Civil Veterinary Department Bihar & Orissa reports 1922-29 - 1922-1929
Year: 1922
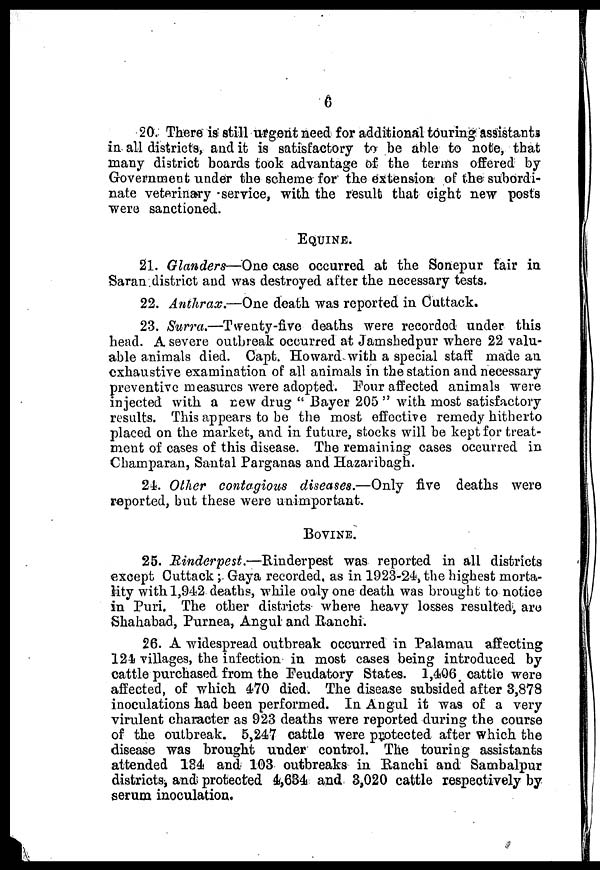
6
20. There is still urgent need for additional touring assistants
in all districts, and it is satisfactory to be able to note, that
many district boards took advantage of the terms offered by
Government under the scheme for the extension of the subordi-
nate veterinary service, with the result that eight new posts
were sanctioned.
EQUINE.
21. Glanders—One case occurred at the Sonepur fair in
Saran district and was destroyed after the necessary tests.
22. Anthrax.—One death was reported in Cuttack.
23. Surra,—Twenty-five deaths were recorded under this
head. A severe outbreak occurred at Jamshedpur where 22 valu-
able animals died. Capt. Howard with a special staff made an
exhaustive examination of all animals in the station and necessary
preventive measures were adopted. Pour affected animals were
injected with a new drug " Bayer 205 " with most satisfactory
results. This appears to be the most effective remedy hitherto
placed on the market, and in future, stocks will be kept for treat-
ment of cases of this disease. The remaining cases occurred in
Champaran, Santal Parganas and Hazaribagh.
21. Other contagious diseases.—Only five deaths were
reported, but these were unimportant.
BOVINE.
25. Rinderpest.—Rinderpest
was reported in all districts
except Cuttack ; Gaya recorded, as in 1923-24, the highest morta-
lity with 1,942 deaths, while only one death was brought to notice
in Puri. The other districts where heavy losses resulted, are
Shahabad, Purnea, Angul and Ranchi.
26. A widespread outbreak occurred in Palamau affecting
124 villages, the infection in most cases being introduced by
cattle purchased from the Feudatory States. 1,406 cattle were
affected, of which 470 died. The disease subsided after 3,878
inoculations had been performed. In Angul it was of a very
virulent character as 923 deaths were reported during the course
of the outbreak. 5,247 cattle were protected after which the
disease was brought under control. The touring assistants
attended 134 and 103 outbreaks in Ranchi and Sambalpur
districts, and protected 4,684 and 3,020 cattle respectively by
serum inoculation.